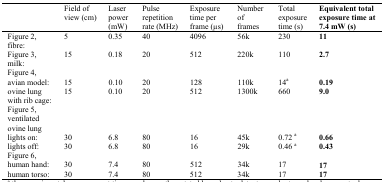
|  | Field of view (cm) | Laser power (mW) | Pulse repetition rate (MHz) | Exposure time per frame (μs) | Number of frames | Total exposure time (s) | Equivalent total exposure time at 7.4 mW (s) |
 | --- | --- | --- | --- | --- | --- | --- | --- |
 | Figure 2, fibre: | 5 | 0.35 | 40 | 4096 | 56k | 230 | 11 |
 | Figure 3, milk: | 15 | 0.18 | 20 | 512 | 220k | 110 | 2.7 |
 | Figure 4, |  |  |  |  |  |  |  |
 | avian model: | 15 | 0.10 | 20 | 128 | 110k | 14a | 0.19 |
 | ovine lung with rib cage: | 15 | 0.10 | 20 | 512 | 1300k | 660 | 9.0 |
 | Figure 5, ventilated ovine lung |  |  |  |  |  |  |  |
 | lights on: | 30 | 6.8 | 80 | 16 | 45k | 0.72a | 0.66 |
 | lights off: | 30 | 6.8 | 80 | 16 | 29k | 0.46a | 0.43 |
 | Figure 6, |  |  |  |  |  |  |  |
 | human hand: | 30 | 7.4 | 80 | 512 | 34k | 17 | 17 |
 | human torso: | 30 | 7.4 | 80 | 512 | 34k | 17 | 17 |